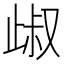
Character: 𣥹